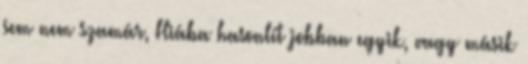
sem nem szamár, Hiába hasonlít jobban egyik, vagy másik